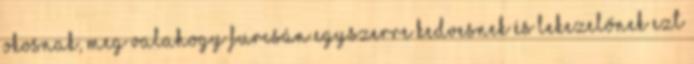
okosnak, meg valahogy furcsán egyszerre kedvesnek és lekezelőnek ezt